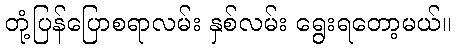
တုံ့ပြန်ပြောစရာလမ်း နှစ်လမ်း ရွေးရတော့မယ်။